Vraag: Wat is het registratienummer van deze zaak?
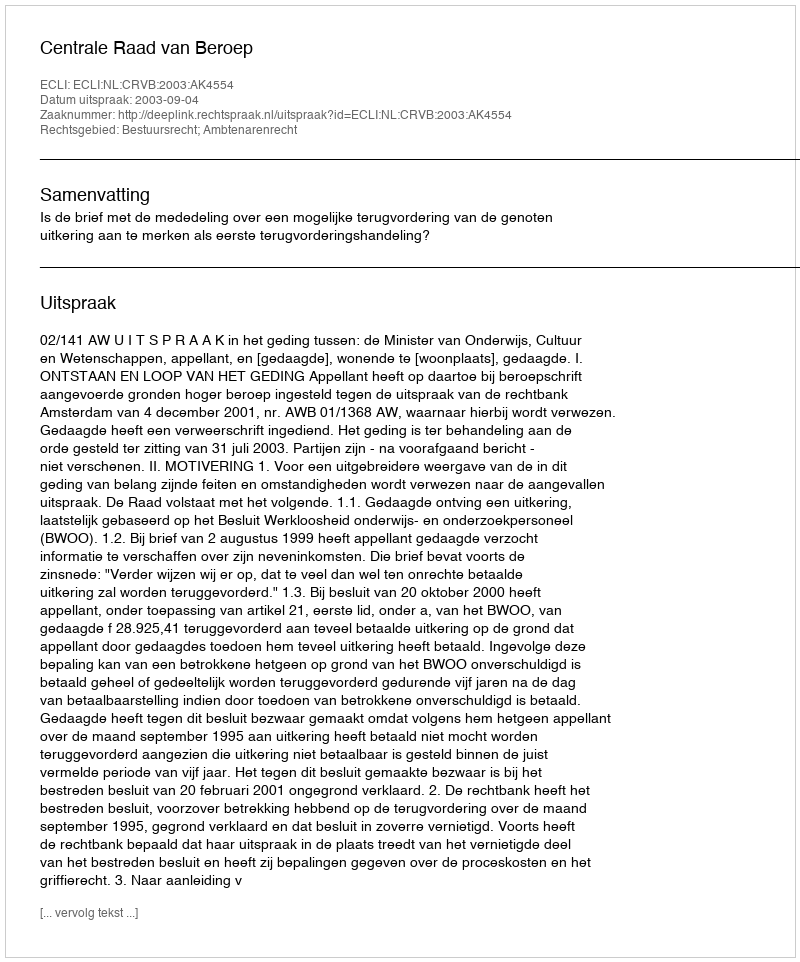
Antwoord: http://deeplink.rechtspraak.nl/uitspraak?id=ECLI:NL:CRVB:2003:AK4554